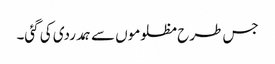
جس طرح مظلوموں سے ہمدردی کی گئی۔